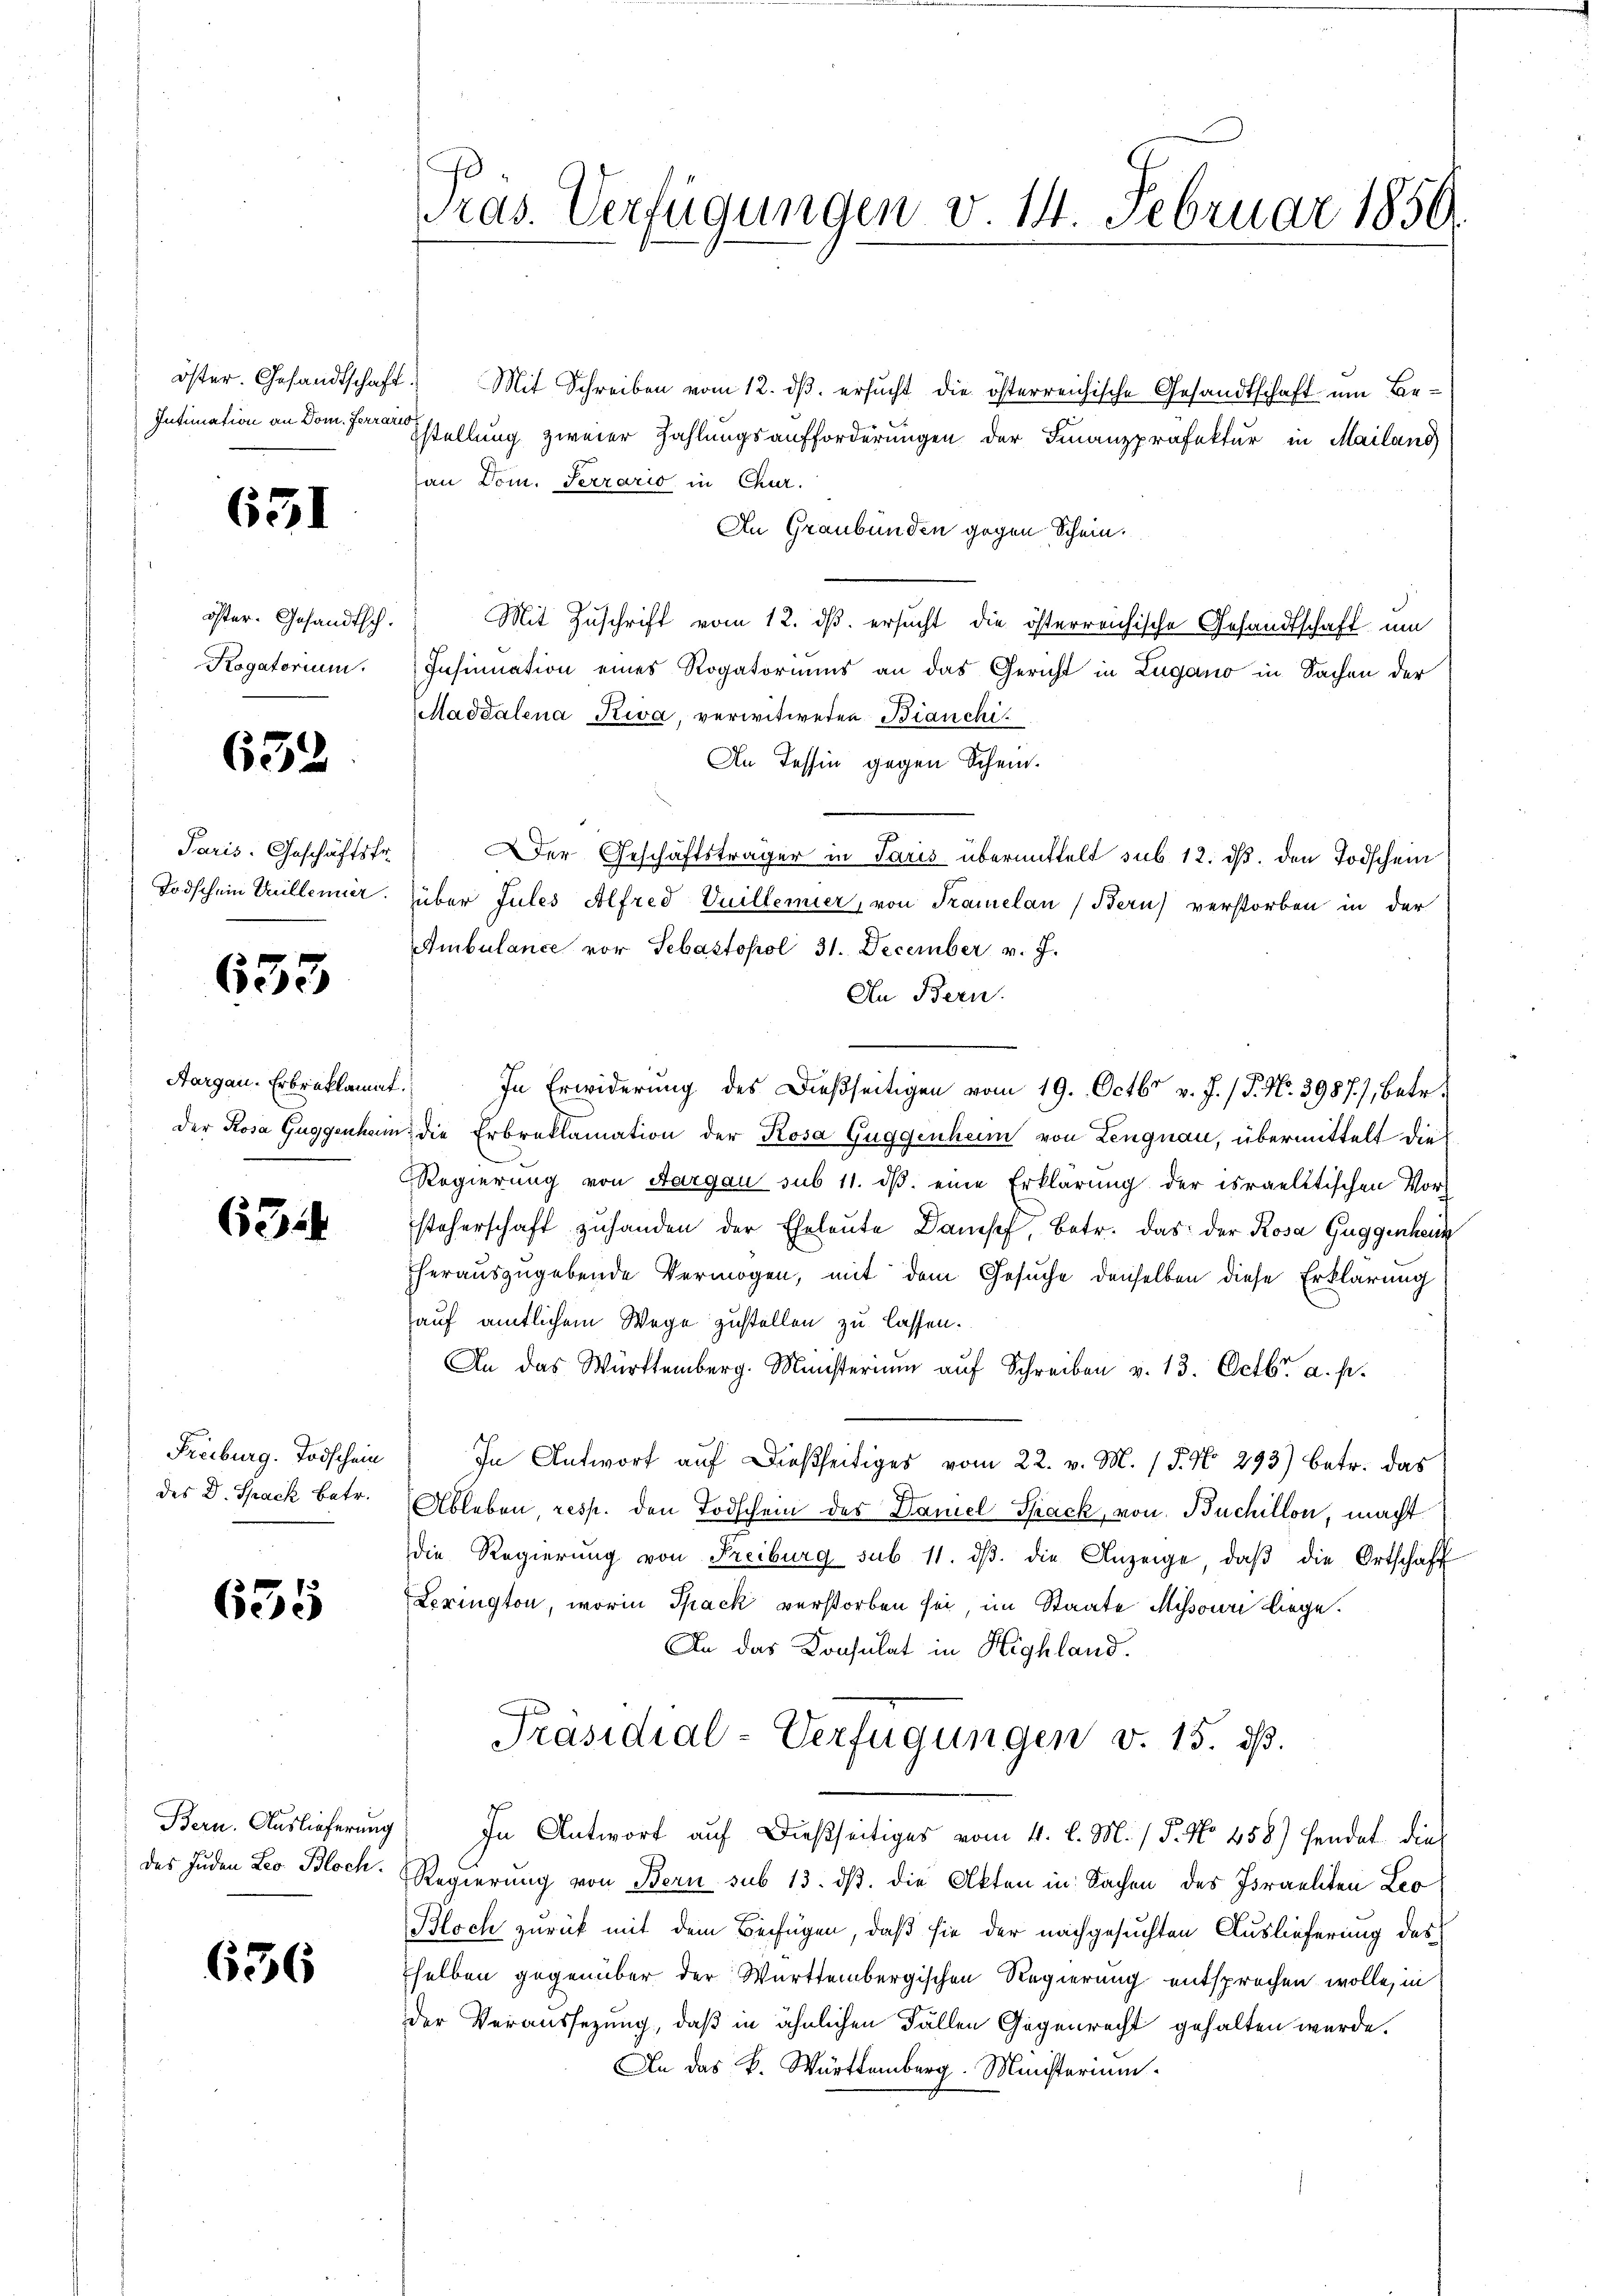
öster. Gesandtschaft
Intimation an Dom. Ferrario

631

öster. Gesandtsch.
Rogatorium.

652

Paris. Geschäftsfr.
Todschein Müllenier.

635

Aargau, Erbreklau
Der Rosa Guggenhei

63

Freiburg. Todschein
des D. Spack betr.

655

Bern. Auslieferung
des Juden Leo Bloch.

636

ras. Verfügungen v. 14. Februar 1850

Mit Schreiben vom 12. ds. ersucht die österreichische Gesandtschaft um Bestellung zweier Zahlungsaufforderungen der Finanzpräfektur in Mailand
an Dom. Terrario in Chur.
An Graubünden gegen Schein.
Mit Zuschrift vom 12. ds. ersucht die österreichische Gesandtschaft um
Insinuation eines Rogatoriums an das Gericht in Lugano in Sachen der
Maddalena Kiva, verwitweten Bianchi
An Tessin gegen Schein¬
Der Geschäftsträger in Paris übermittelt sub 12. ds. den Todschein
über Jules Alfred Vuillemier, von Tramelan (Bern) verstorben in der
Ambulance vor Sebastopol 31. December v. J.
An Bern.
In Erwiderung des Dießseitigen vom 19. Octbr v. J. P. Nr. 3987), betr.
 die Erbreklamation der Rosa Guggenheim von Lengnau, übermittelt die
Regierung von Aargau sub 11. dβ eine Erklärung der israelitischen Vor-
steherschaft zŭ handen der Eheleute Dampf, betr. das der Rosa Guggenhei
herauszugebende Vermögen, mit dem Gesuche denselben diese Erklärung
auf amtlichem Wege zustellen zu lassen.
An das Württemberg. Münsterium aŭf Schreiben v. 13. Octbr. a. p.
In Antwort auf dießseitiges vom 22. v. M. (T. No 293) betr. das
Ableben resp. den Todschein des Damel Spack, von Buchillon, macht
die Regierung von Freiburg sub 11. dβ die Anzeige, daβ die Ortschaff
Lerington, worin Spack verstorben sei, im Staate Missouri Liege.
An das Konsulat in Highland.
Präsidial-Verfügungen v. 15. d.
In Antwort auf dießseitiges vom 4. l. M. / 5. No 458) hendet die
Regierung von Bern sub 13. ds. die Akten in Sachen des Israeliten Leo
Bloch zurück mit dem Beifügen, daß sie der nachgesuchten Auslieferung des
selben gegenüber der Württembergischen Regierung entsprochen wolle, in
der Veraussezung, daß in ähnlichen Fällen Gegenrecht gehalten wurde.
An das k. Württemberg. Ministerium